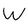
Character: W